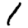
Digit: 1